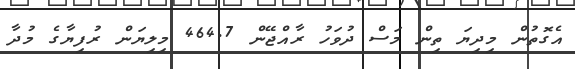
އެގޮތުން މިދިޔަ ތިން މަސް ދުވަހު ރާއްޖޭން 464.7 މިލިޔަން ރުފިޔާގެ މުދާ